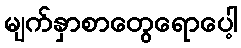
မျက်နှာစာတွေရောပေါ့